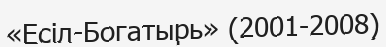
«Есіл-Богатырь» (2001-2008)